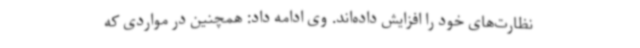
نظارت‌های خود را افزایش داده‌اند. وی ادامه داد: همچنین در مواردی که